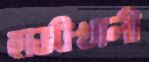
হাজীখালী